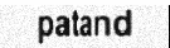
patand